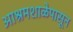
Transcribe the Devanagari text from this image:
आश्रमशाळेपासून